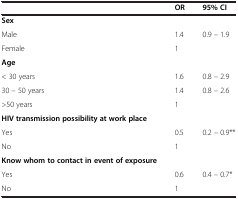
|  | OR | 95% CI |
 | --- | --- | --- |
 | Sex |  |  |
 | Male | 1.4 | 0.9 – 1.9 |
 | Female | 1 |  |
 | Age |  |  |
 | < 30 years | 1.6 | 0.8 – 2.9 |
 | 30 – 50 years | 1.4 | 0.8 – 2.6 |
 | >50 years | 1 |  |
 | HIV transmission possibility at work place |  |  |
 | Yes | 0.5 | 0.2 – 0.9** |
 | No | 1 |  |
 | Know whom to contact in event of exposure |  |  |
 | Yes | 0.6 | 0.4 – 0.7* |
 | No | 1 |  |